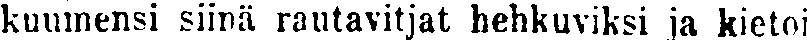
kuumensi siinä rautavitjat hehkuviksi ja kietoi